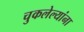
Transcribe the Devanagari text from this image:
चुकलेल्यांना